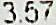
3.57